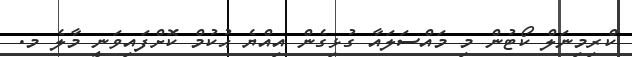
ކްރިމިނަލް ކޯޓުން މި މައްސަލައާ ގުޅިގެން އިއްޔެ ޙުކުމް ކޮށްފައިވަނީ މާލެ މ.